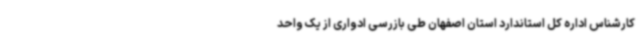
کارشناس اداره کل استاندارد استان اصفهان طی بازرسی ادواری از یک واحد